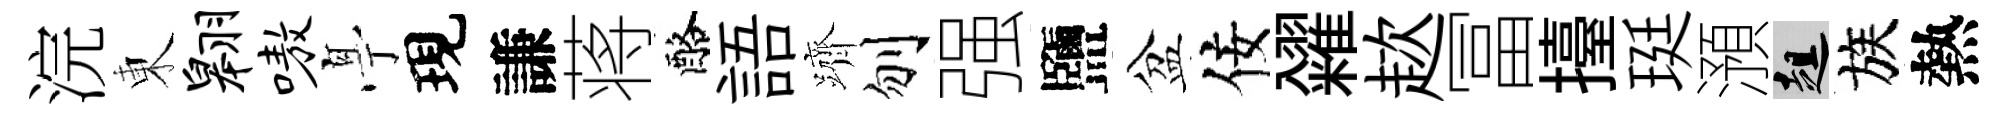
浣東翱嗷𠅘現謙蒋酪語躋刎强鹽盆佞糴趑冨擡珽澦趄族熱